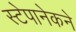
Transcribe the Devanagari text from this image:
स्टेपानेकने